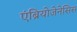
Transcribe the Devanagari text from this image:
एंब्रियोजेनेसिस